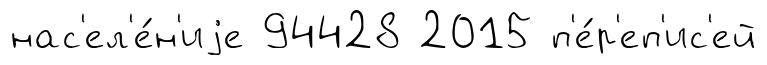
нас'ел'е́н'иjе 94428 2015 п'е́р'еп'ис'ей